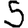
Digit: 5